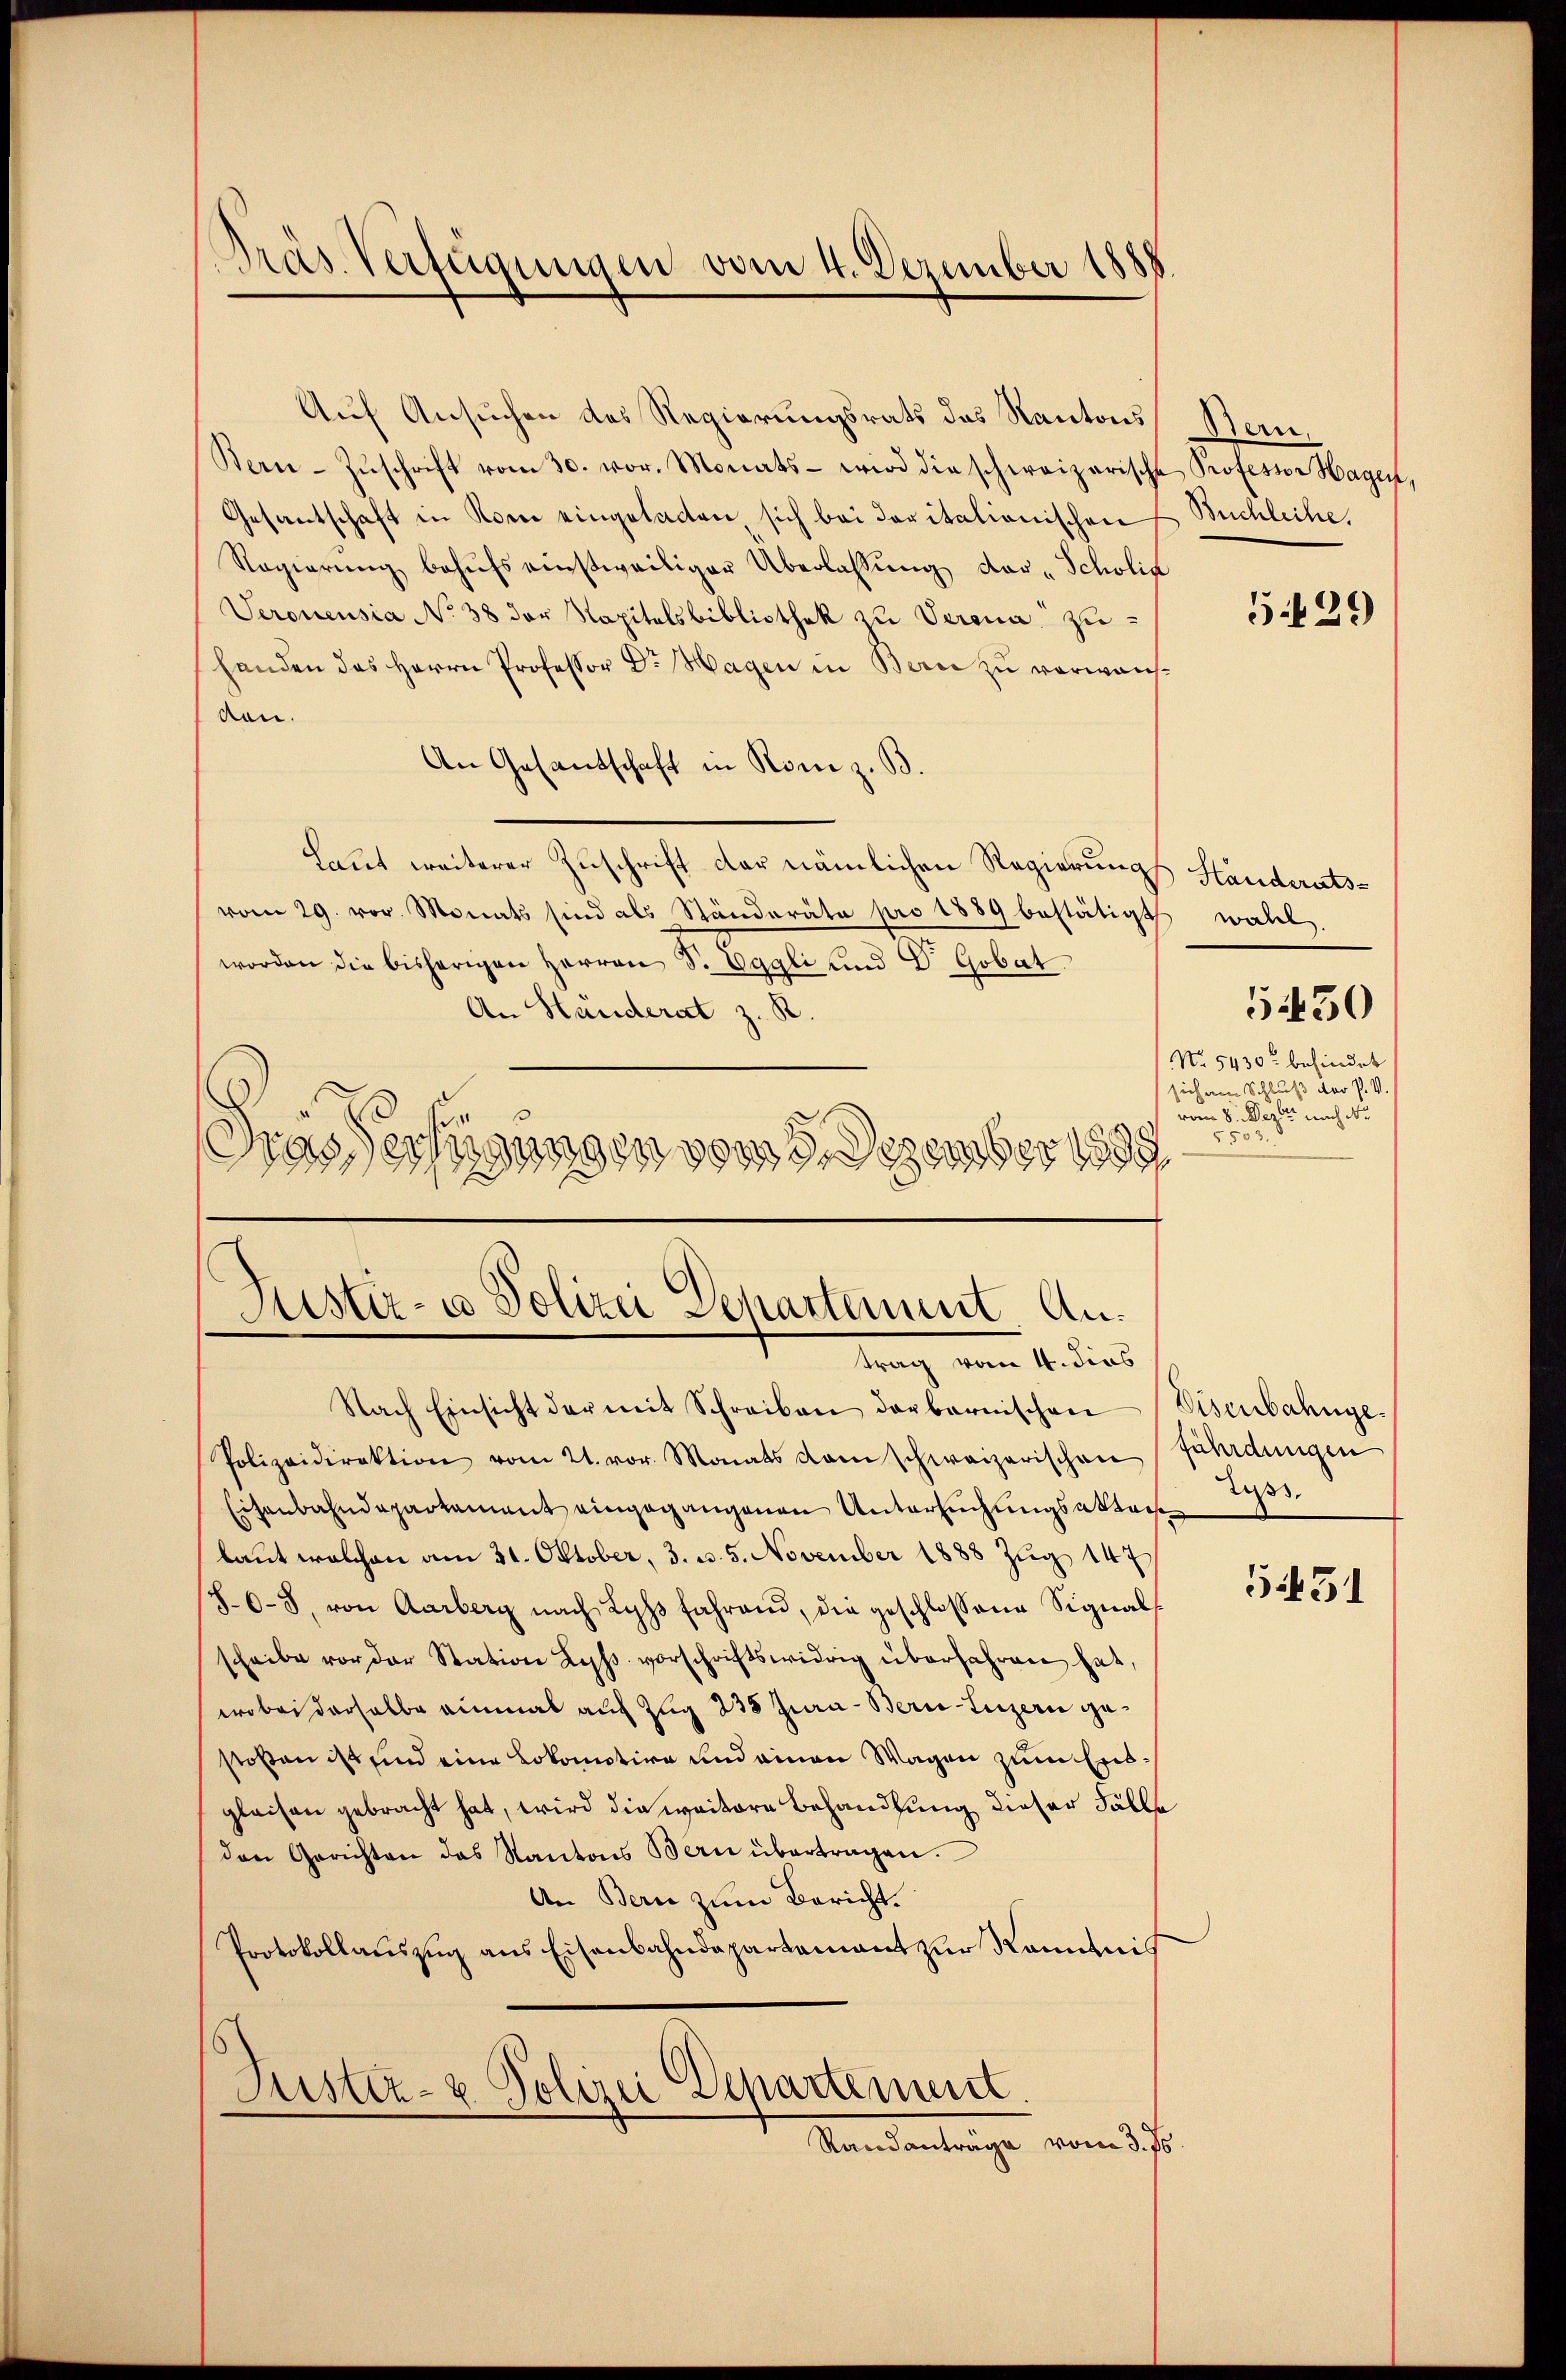
Pras Verfügungen vom 4. Dezember 1888

Bern-Zŭschrift vom 30. vor. Monats- wird die schweizerische Professor Hagen,
Gesantschaft in Rom eingetacten sich bei dovitalionischen Buchleihe,
Regierŭng behŭfs einstweiliger Überlassŭng der „Scholis
Veronensia No 38 der Kapitalsbibliothek zu Verena zuhanden des Herrn Professor Dr. Hagen in Berne zu verwansden.
An Gesantschaft in Rom z. B.
Laut weiterer Zuschrift der nämlichen Regierungs Ständerats-
vom 29. vor. Monats sind als Ständeräte pro 1889 bestätigt wahl.
worden die bisherigen Herren S. Eggli und Dr. Gobat.
An Ständerat z. R.
Gras Verfügungen vom 3. Dezember 1888
s

Auf Ansuchen des Regierungsrats des Kantons Bern

Justiz- & Polizei Departement Antrag vom 4. dies

Nach Einsicht der mit Schreiben darbarnischen Visenbahnge-
Polizeidirektion vom 21. vor. Monats dem schweizerischen fährdungen
Eisenbahndepartement eingegangenen Untersŭchŭngsakten 23.
laut welchen am 31. Oktober, 3. d. 5. November 1888 Zug 147.
(86-8. von Aarberg nach Lyps fahrend, die geschlossene Signal
scheibe vor der Station des vorschriftswidrig überfahren hat,
wobei derselbe einmal auf Zug 238 Jura - Bern Luzern gestoßen ist und eine Lokomotive und einen Wagen zum Erbglaisen gebracht hat, wird die weitere Behandlung dieser Fälle
den Gerichten das Kantons Bern übertragen.
An Bern zum Bericht.
Protokollaŭszŭg ans Eisenbahndepartement zur Kenntnis
Justiz- & Polizei Departement.
Randanträge vom 3. Js.

5429

5430
No 5430 befindet
sich am Schluß der P. V.
vom 8. Weiber nach No.
5552.

5431